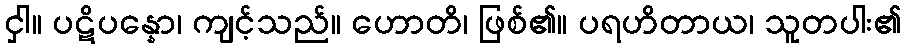
ငှါ။ ပဋိပန္နော၊ ကျင့်သည်။ ဟောတိ၊ ဖြစ်၏။ ပရဟိတာယ၊ သူတပါး၏